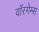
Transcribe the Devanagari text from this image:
वॉरगेम्स